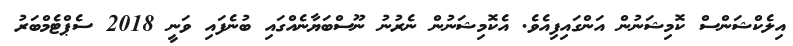
އިލެކްޝަންސް ކޮމިޝަނުން އަންގައިފިއެވެ. އެކޮމިޝަނުން ނެރުނު ނޫސްބަޔާނެއްގައި ބުނެފައި ވަނީ 2018 ސެޕްޓެމްބަރު